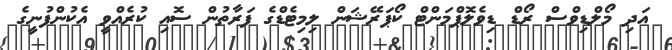
އަދި މޯލްޑިވްސް ރޯޑް ޑިވެލޮޕްމަންޓް ކޯޕަރޭޝަން ލިމިޓެޑްގެ ފަރާތުން ސޮއި ކުރެއްވީ އެކުންފުނީގެ